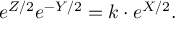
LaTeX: \displaystyle { e ^ { Z / 2 } e ^ { - Y / 2 } = k \cdot e ^ { X / 2 } . }